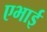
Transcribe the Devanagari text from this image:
एभाई